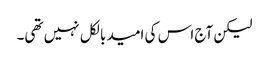
لیکن آج اس کی امید بالکل نہیں تھی۔